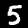
Label: 5